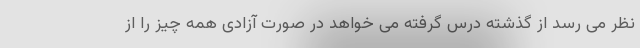
نظر می رسد از گذشته درس گرفته می خواهد در صورت آزادی همه چیز را از